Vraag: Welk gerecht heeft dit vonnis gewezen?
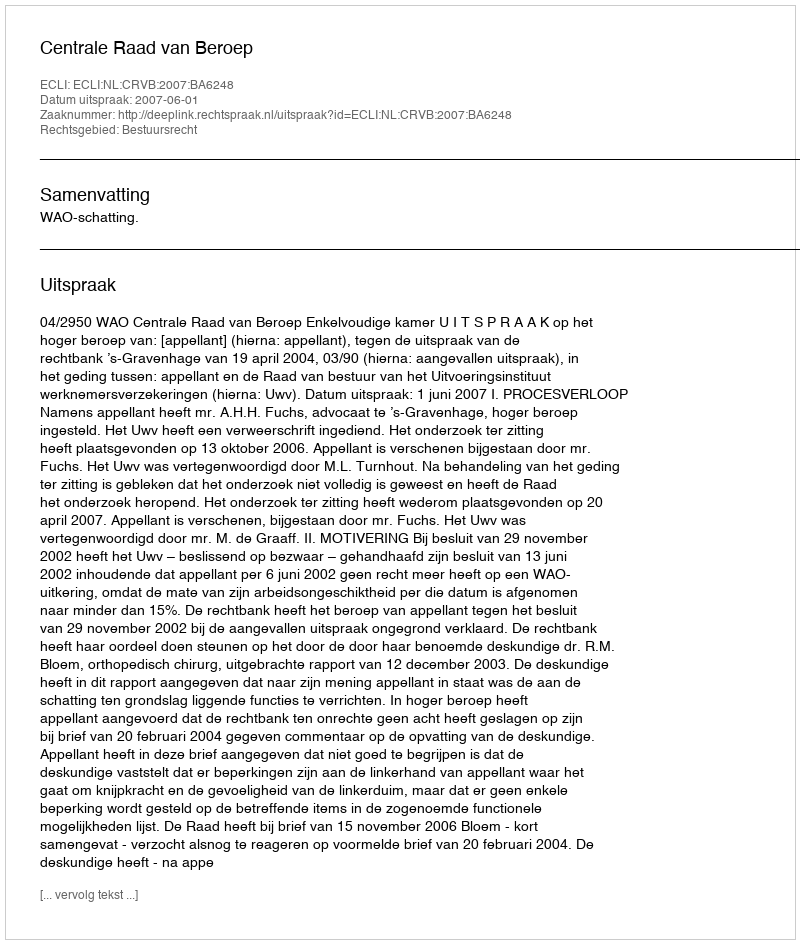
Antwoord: Centrale Raad van Beroep